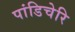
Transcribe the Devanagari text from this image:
पांडिचेरि